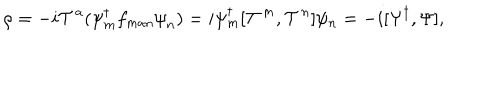
\rho = - i { \cal T } ^ { a } ( { \psi } _ { m } ^ { \dagger } f _ { m a n } { \psi } _ { n } ) = i \psi _ { m } ^ { \dagger } [ { \cal T } ^ { m } , { \cal T } ^ { n } ] \psi _ { n } = - i [ \Psi ^ { \dagger } , \Psi ] ,